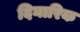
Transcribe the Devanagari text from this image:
दिनारिक